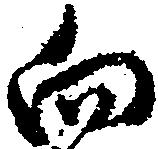
向